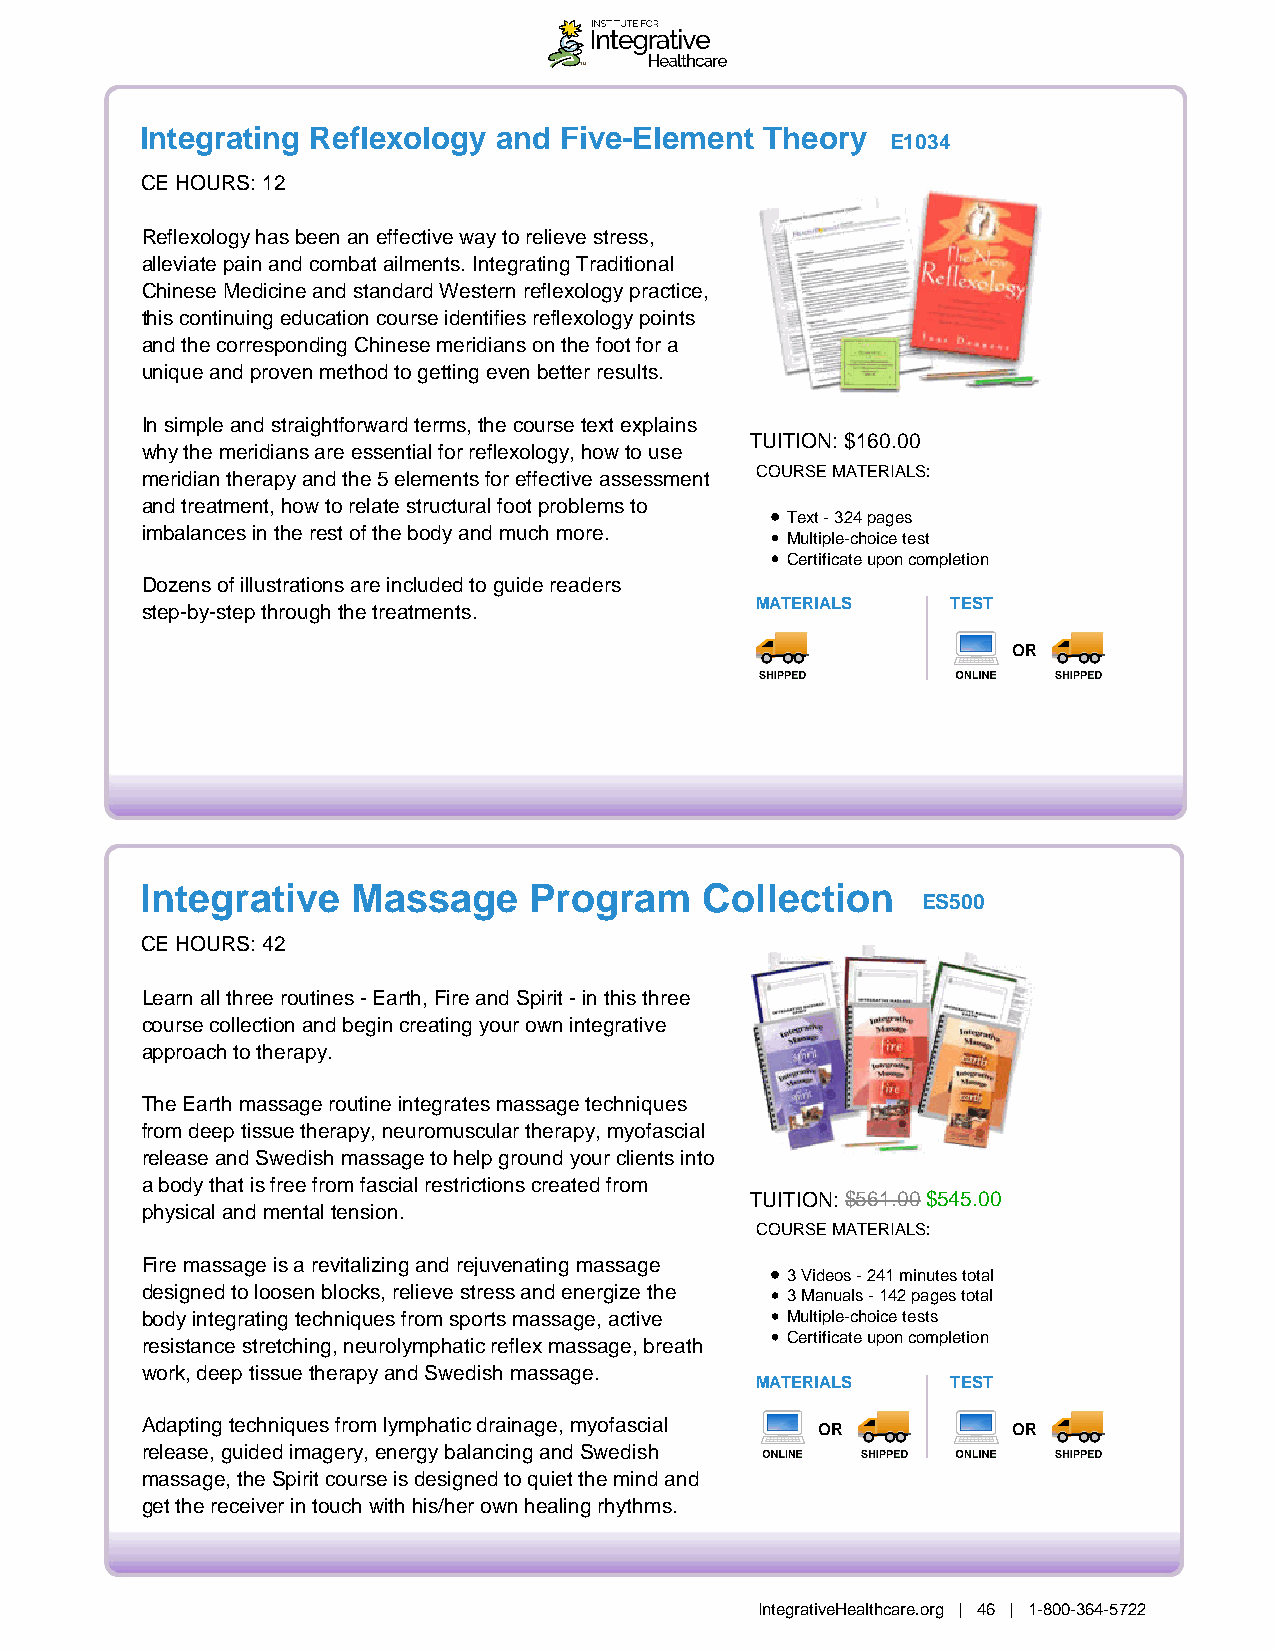
Integrating Reflexology and Five-Element  Theory
 E1034
 CE HOURS: 12
 Reflexology has been an effective way to relieve stress,
 alleviate pain and combat ailments. Integrating Traditional
 Chinese Medicine and standard Western reflexology practice,
 this continuing education course identifies reflexology points
 and the corresponding Chinese meridians on the foot for a
 unique and proven method to getting even better results.
 In simple and straightforward terms, the course text explains
 TUITION: $160.00
 why the meridians are essential for reflexology, how to use
 meridian therapy and the 5 elements for effective assessment COURSE MATERIALS:
 and treatment, how to relate structural foot problems to
 Text - 324 pages
 imbalances in the rest of the body and much more.
 Multiple-choice test
 Certificate upon completion
 Dozens of illustrations are included to guide readers
 MATERIALS    TEST
 step-by-step through the treatments.
 OR
 Integrative   Massage     Program     Collection
 ES500
 CE HOURS: 42
 Learn all three routines - Earth, Fire and Spirit - in this three
 course collection and begin creating your own integrative
 approach to therapy.
 The Earth massage routine integrates massage techniques
 from deep tissue therapy, neuromuscular therapy, myofascial
 release and Swedish massage to help ground your clients into
 a body that is free from fascial restrictions created from
 TUITION: $561.00 $545.00
 physical and mental tension.
 COURSE MATERIALS:
 Fire massage is a revitalizing and rejuvenating massage
 3 Videos - 241 minutes total
 designed to loosen blocks, relieve stress and energize the 3 Manuals - 142 pages total
 body integrating techniques from sports massage, active Multiple-choice tests
 Certificate upon completion
 resistance stretching, neurolymphatic reflex massage, breath
 work, deep tissue therapy and Swedish massage.
 MATERIALS    TEST
 Adapting techniques from lymphatic drainage, myofascial OR OR
 release, guided imagery, energy balancing and Swedish
 massage, the Spirit course is designed to quiet the mind and
 get the receiver in touch with his/her own healing rhythms.
 IntegrativeHealthcare.org | 46 | 1-800-364-5722